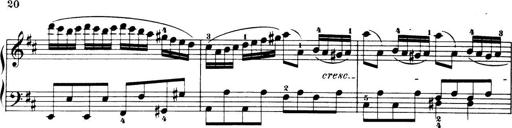
Title: 32 Sonatinas and Rondos for the Piano
Composer: Richard Kleinmichel